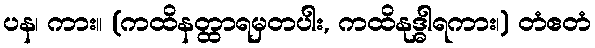
ပန၊ ကား။ (ကထိနတ္ထာရမှတပါး, ကထိနုဒ္ဓါရကား၊) တံဧတံ